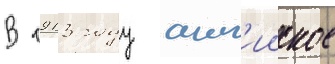
В 1913 году англ'ииское